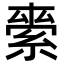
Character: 𮈖